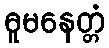
ဓူမနေတ္တံ